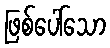
ဖြစ်ပေါ်သော